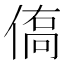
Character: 𬾿